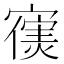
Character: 𫴊